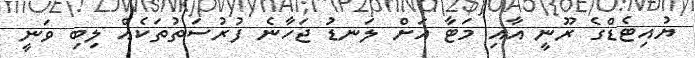
ޔުއިޓެޑްގެ ރޫނީ އާއި މަޓާ އަށް ލަނޑު ޖަހާނެ ފުރުސަތުތަކެއް ލިބި ވަނީ